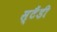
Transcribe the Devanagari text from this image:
स्टैंडी